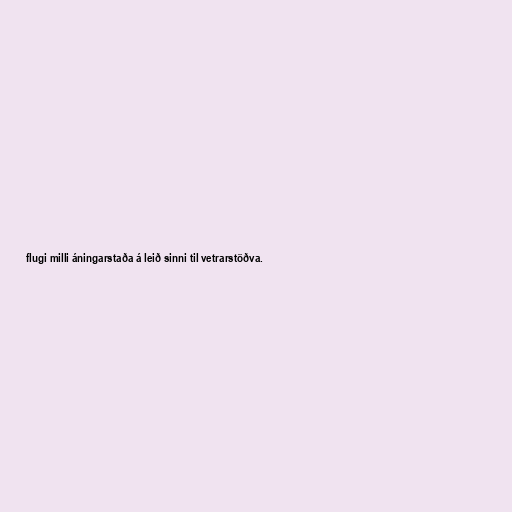
flugi milli áningarstaða á leið sinni til vetrarstöðva.